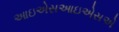
આઇએસઆઇએસએ